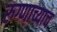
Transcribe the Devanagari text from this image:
रुग्णाच्याच